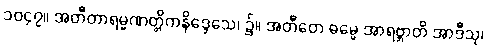
၁၀၄၇။ အတီတာရမ္မဏတ္တိကနိဒ္ဒေသေ၊ ၌။ အတီတေ ဓမ္မေ အာရဗ္ဘာတိ အာဒီသု၊